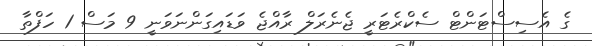
ގެ އެސިސްޓަންޓް ސެކްރެޓަރީ ޖެނެރަލް ރާއްޖެ ވަޑައިގަންނަވަނީ 9 މަސް 1 ހަފްތާ